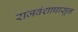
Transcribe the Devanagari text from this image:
राजवंशापासून